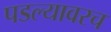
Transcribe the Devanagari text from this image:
पडल्यावरच